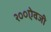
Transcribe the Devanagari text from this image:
२००ऐवजी